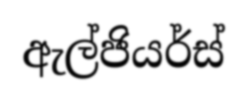
ඇල්ජියර්ස්